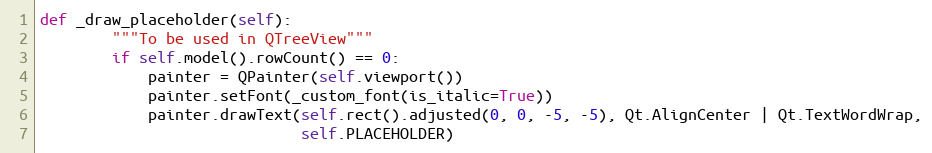
Language: Python
def _draw_placeholder(self):
        """To be used in QTreeView"""
        if self.model().rowCount() == 0:
            painter = QPainter(self.viewport())
            painter.setFont(_custom_font(is_italic=True))
            painter.drawText(self.rect().adjusted(0, 0, -5, -5), Qt.AlignCenter | Qt.TextWordWrap,
                             self.PLACEHOLDER)